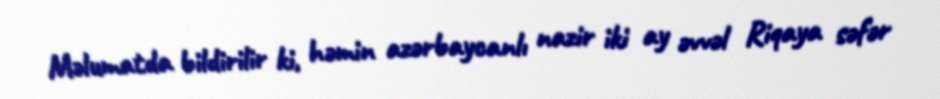
Məlumatda bildirilir ki, həmin azərbaycanlı nazir iki ay əvvəl Riqaya səfər